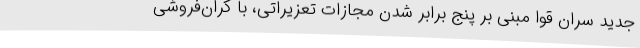
جدید سران قوا مبنی بر پنج برابر شدن مجازات‌ تعزیراتی، با گران‌فروشی